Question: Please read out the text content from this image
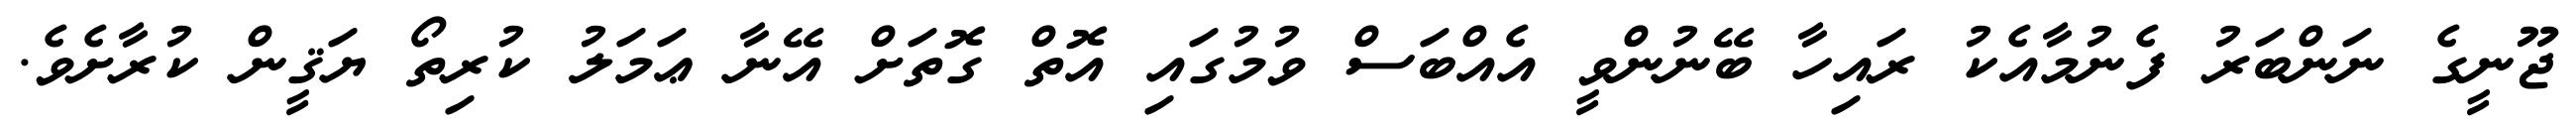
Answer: ޖޫނީގެ ނަންބަރު ފެނުމާއެކު ރައިހާ ބޭނުންވީ އެއްބަސް ވުމުގައި އޮތް ގޮތަށް އޭނާ ޢަމަލު ކުރިތޯ ޔަޤީން ކުރާށެވެ.